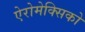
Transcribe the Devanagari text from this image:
ऐरोमेक्सिको